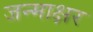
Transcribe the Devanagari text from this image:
जन्माक्षर